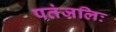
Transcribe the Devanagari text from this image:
पतंजलिः